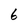
Character: 6